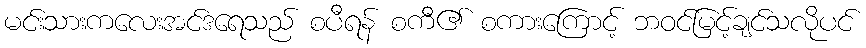
မင်းသားကလေးအင်ဒရေသည် စပီရန် စကီ၏ စကားကြောင့် ဘဝင်မြင့်ချင်သလိုပင်